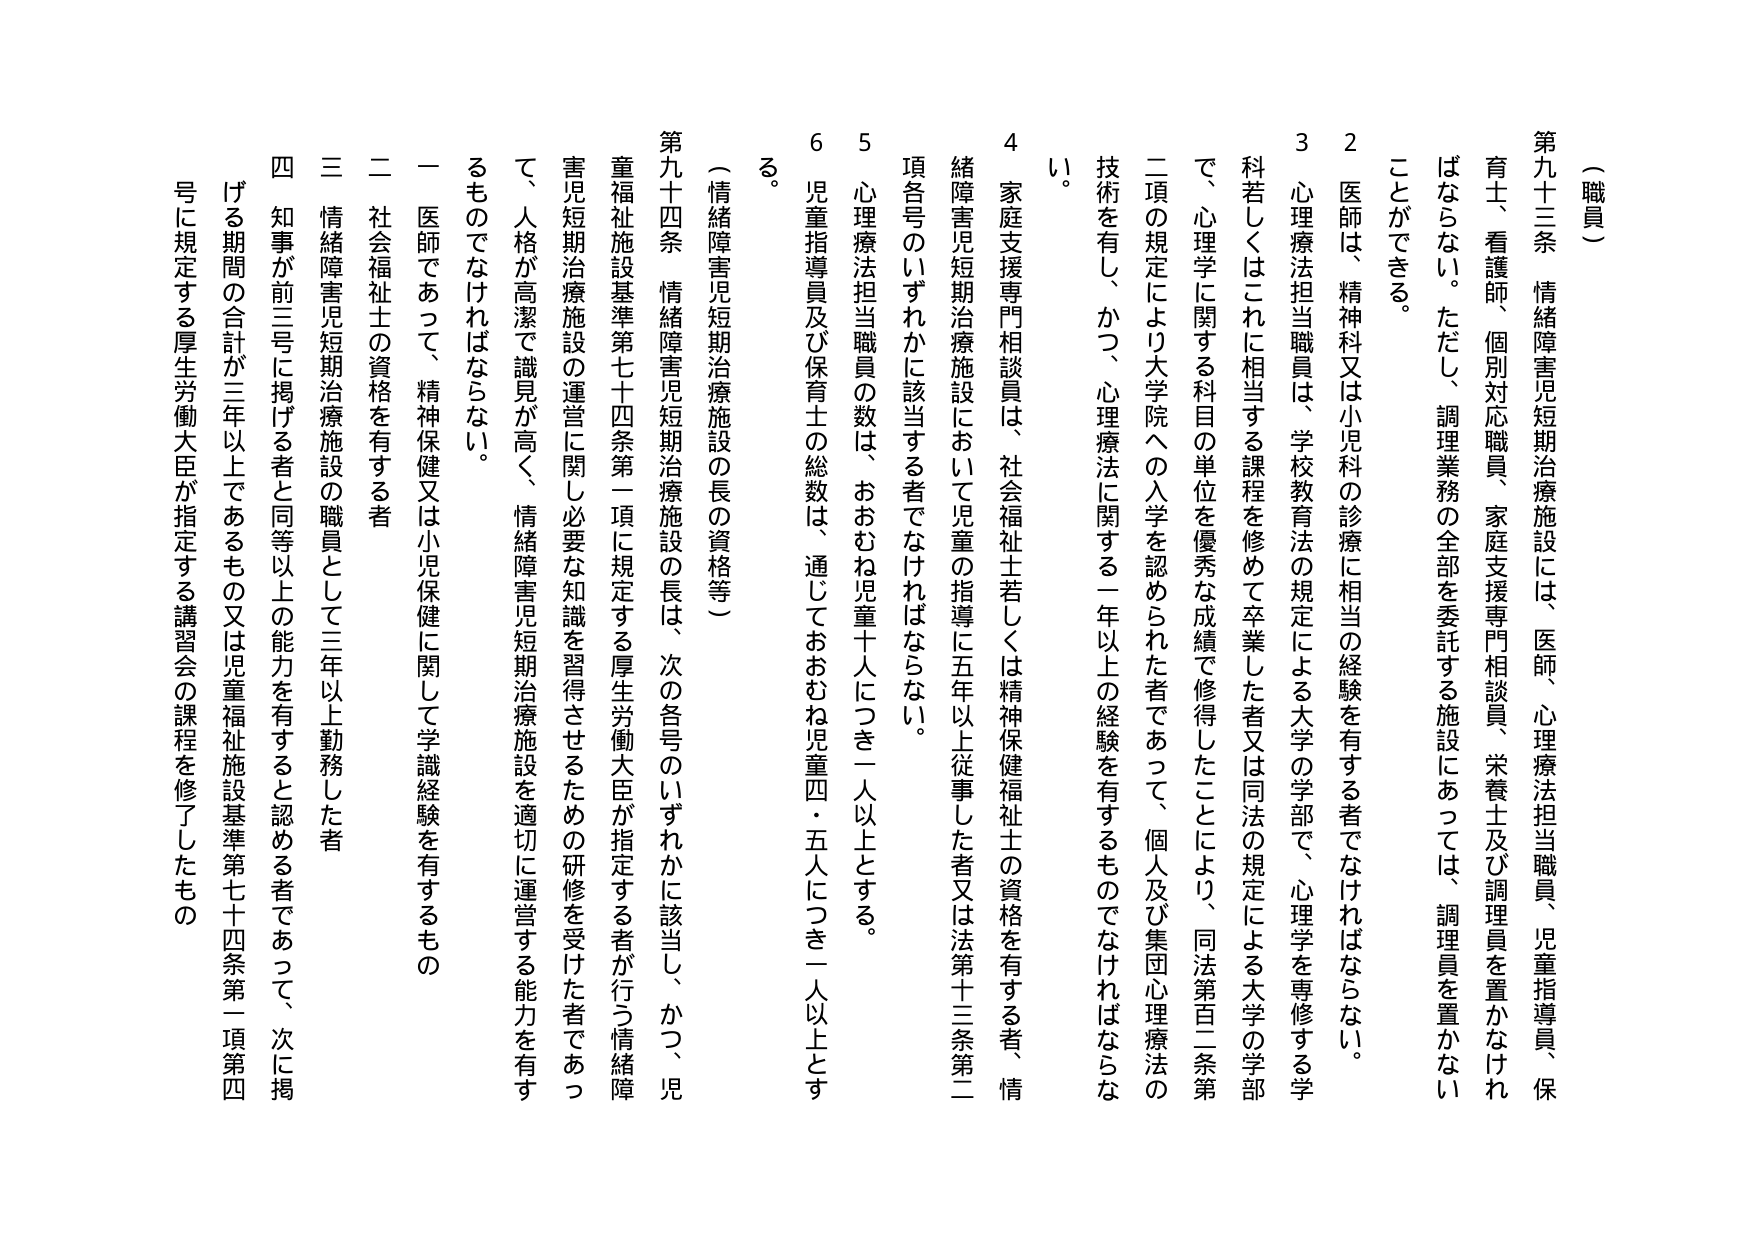
（職員）

第九十三条　情緒障害児短期治療施設には、医師、心理療法担当職員、児童指導員、保育士、看護師、個別対応職員、家庭支援専門相談員、栄養士及び調理員を置かなければならない。ただし、調理業務の全部を委託する施設にあっては、調理員を置かないことができる。

２　医師は、精神科又は小児科の診療に相当の経験を有する者でなければならない。

３　心理療法担当職員は、学校教育法の規定による大学の学部で、心理学を専修する学科若しくはこれに相当する課程を修めて卒業した者又は同法の規定による大学の学部で、心理学に関する科目の単位を優秀な成績で修得したことにより、同法第百二条第二項の規定により大学院への入学を認められた者であって、個人及び集団心理療法の技術を有し、かつ、心理療法に関する一年以上の経験を有するものでなければならない。

４　家庭支援専門相談員は、社会福祉士若しくは精神保健福祉士の資格を有する者、情緒障害児短期治療施設において児童の指導に五年以上従事した者又は法第十三条第二項各号のいずれかに該当する者でなければならない。

５　心理療法担当職員の数は、おおむね児童十人につき一人以上とする。

６　児童指導員及び保育士の総数は、通じておおむね児童四・五人につき一人以上とする。

（情緒障害児短期治療施設の長の資格等）

第九十四条　情緒障害児短期治療施設の長は、次の各号のいずれかに該当し、かつ、児童福祉施設基準第七十四条第一項に規定する厚生労働大臣が指定する者が行う情緒障害児短期治療施設の運営に関し必要な知識を習得させるための研修を受けた者であって、人格が高潔で識見が高く、情緒障害児短期治療施設を適切に運営する能力を有するものでなければならない。

一　医師であって、精神保健又は小児保健に関して学識経験を有するもの

二　社会福祉士の資格を有する者

三　情緒障害児短期治療施設の職員として三年以上勤務した者

四　知事が前三号に掲げる者と同等以上の能力を有すると認める者であって、次に掲げる期間の合計が三年以上であるもの又は児童福祉施設基準第七十四条第一項第四号に規定する厚生労働大臣が指定する講習会の課程を修了したもの